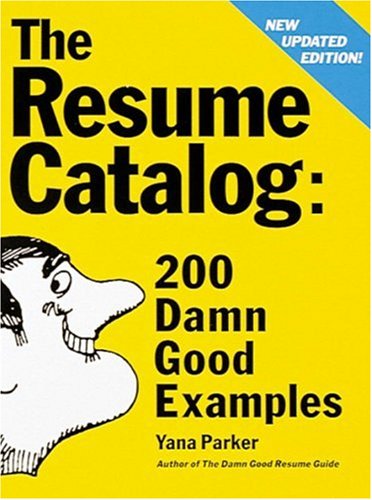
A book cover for The Resume Catalog: 200 Damn Good Examples; Yana Parker; Business & Money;